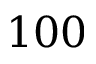
1 0 0